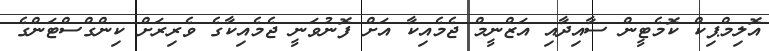
އޮލިމްޕިކް ކޮމެޓީން ސާއިދާއި އަޒްނީމް ޖެމެއިކާ އަށް ފޮނުވަނީ ޖެމެއިކާގެ ވެރިރަށް ކިންގްސްޓަންގެ